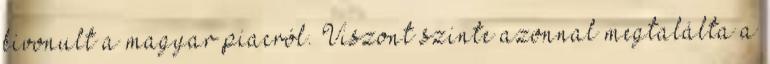
kivonult a magyar piacról. Viszont szinte azonnal megtalálta a